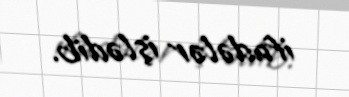
ifadələr işlədib.